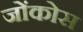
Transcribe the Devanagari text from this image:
जोंकोस